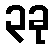
၃ခု